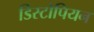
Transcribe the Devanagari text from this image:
डिस्टोपियन